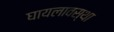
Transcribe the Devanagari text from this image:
घायलावस्था